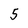
Character: 5